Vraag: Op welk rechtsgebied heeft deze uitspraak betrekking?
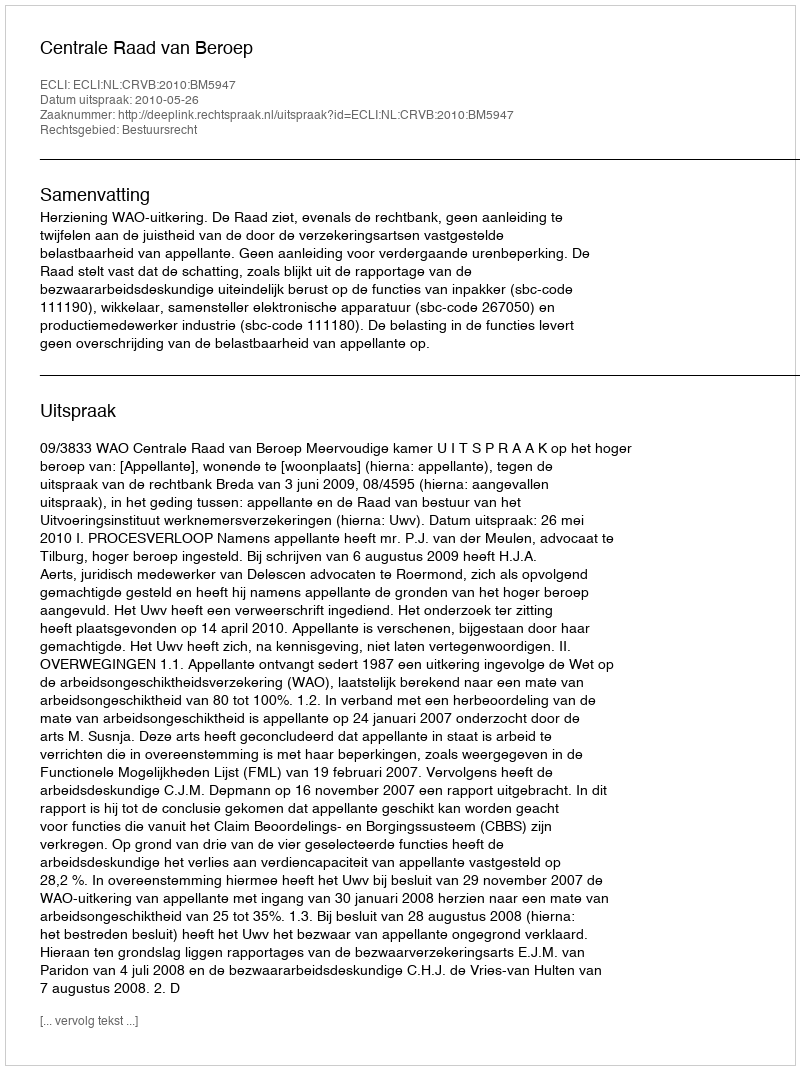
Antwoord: Bestuursrecht